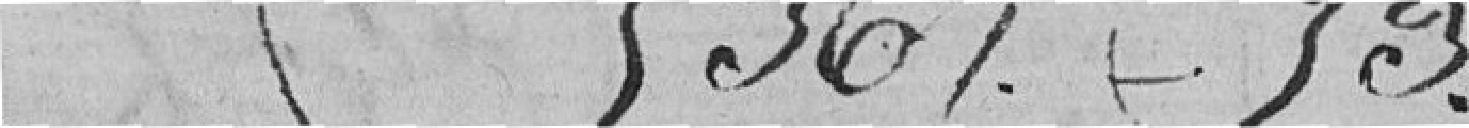
5367 53